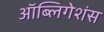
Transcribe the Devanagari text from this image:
ऑब्लिगेशंस